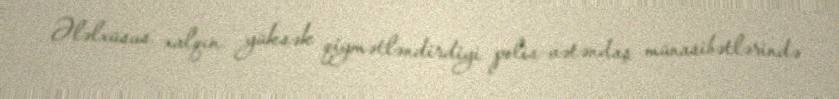
Ələlxüsus xalqın yüksək qiymətləndirdiyi polis-vətəndaş münasibətlərində